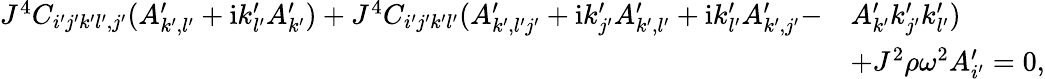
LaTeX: \begin{array}{rl}{J^{4}C_{i^{\prime}j^{\prime}k^{\prime}l^{\prime},j^{\prime}}(A_{k^{\prime},l^{\prime}}^{\prime}+\mathrm{i}k_{l^{\prime}}^{\prime}A_{k^{\prime}}^{\prime})+J^{4}C_{i^{\prime}j^{\prime}k^{\prime}l^{\prime}}(A_{k^{\prime},l^{\prime}j^{\prime}}^{\prime}+\mathrm{i}k_{j^{\prime}}^{\prime}A_{k^{\prime},l^{\prime}}^{\prime}+\mathrm{i}k_{l^{\prime}}^{\prime}A_{k^{\prime},j^{\prime}}^{\prime}-}&{A_{k^{\prime}}^{\prime}k_{j^{\prime}}^{\prime}k_{l^{\prime}}^{\prime})}\\ &{+J^{2}\rho\omega^{2}A_{i^{\prime}}^{\prime}=0,}\end{array}